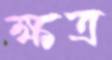
ক্ষত্র